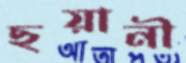
ছয়ানী